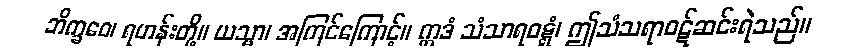
ဘိက္ခဝေ၊ ရဟန်းတို့။ ယသ္မာ၊ အကြင်ကြောင့်။ ဣဒံ သံသာရဝဋ္ဋံ၊ ဤသံသရာဝဋ်ဆင်းရဲသည်။